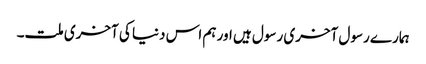
ہمارے رسول آخری رسول ہیں اور ہم اس دنیا کی آخری ملت۔